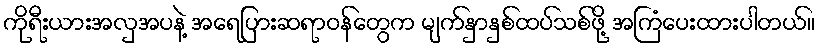
ကိုရီးယားအလှအပနဲ့ အရေပြားဆရာဝန်တွေက မျက်နှာနှစ်ထပ်သစ်ဖို့ အကြံပေးထားပါတယ်။